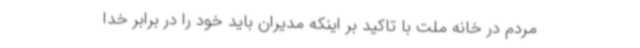
مردم در خانه ملت با تاکید بر اینکه مدیران باید خود را در برابر خدا